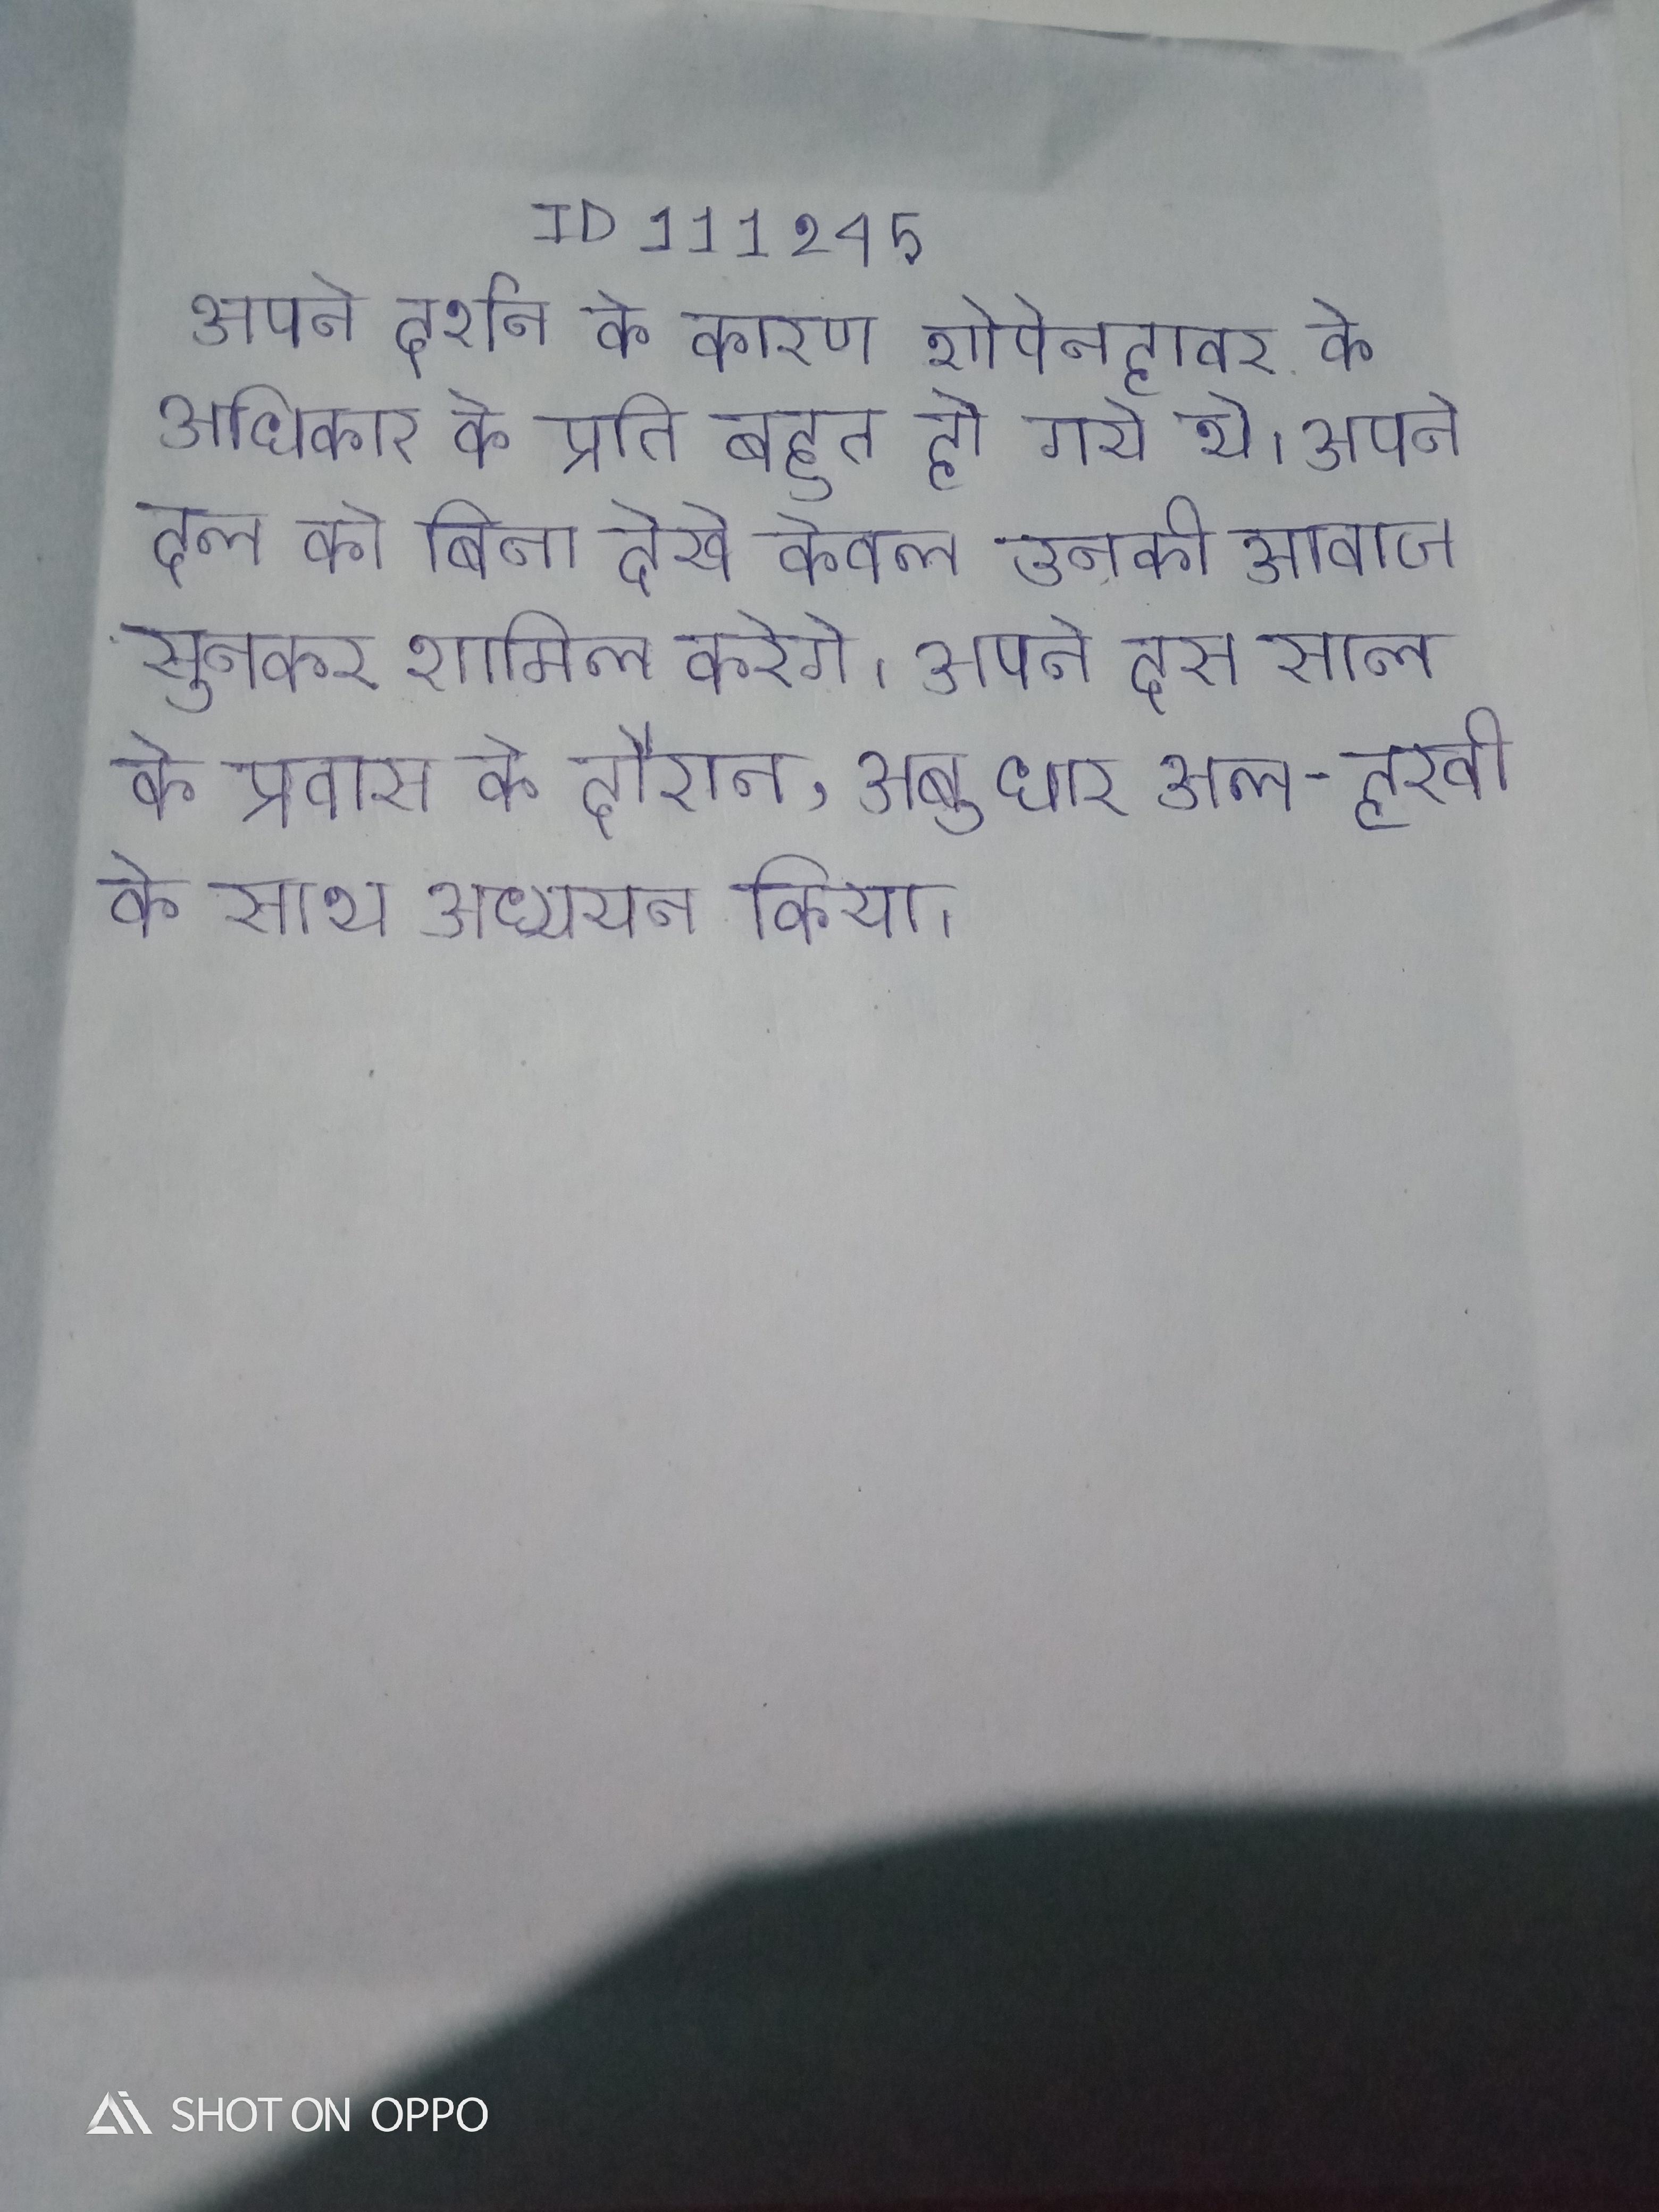
अपने दर्शन के कारण शोपेनहावर के अधिकार के प्रति बहुत हो गये थे । अपने दल को बिना देखे केवल उनकी आवाज सुनकर शामिल करेगे । अपने दस साल के प्रवास के दौरान, अबू धार अल-हरवी के साथ अध्ययन किया ।